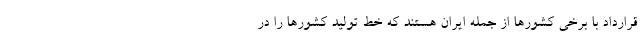
قرارداد با برخی کشورها از جمله ایران هستند که خط تولید کشورها را در